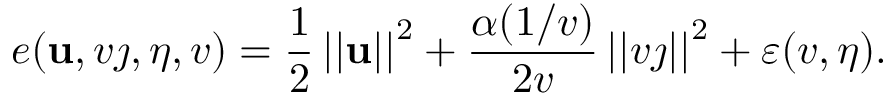
e ( \mathbf { u } , v \j , \eta , v ) = \frac { 1 } { 2 } \left\vert \left\vert \mathbf { u } \right\vert \right\vert ^ { 2 } + \frac { \alpha ( 1 / v ) } { 2 v } \left\vert \left\vert v \j \right\vert \right\vert ^ { 2 } + \varepsilon ( v , \eta ) .